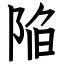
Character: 陥